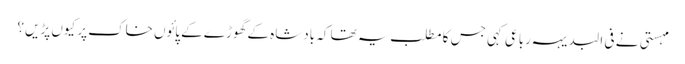
مہستی نے فی البدیہہ رباعی کہی جس کا مطلب یہ تھا کہ بادشاہ کے گھوڑے کے پائوں خاک پر کیوں پڑیں؟